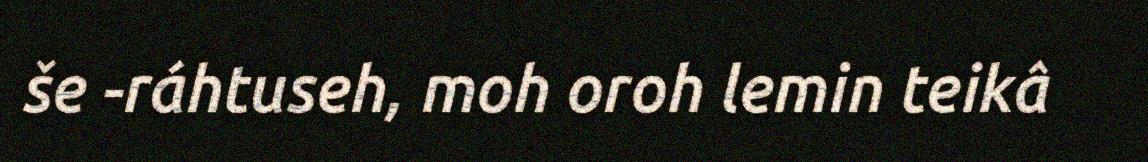
še -ráhtuseh, moh oroh lemin teikâ